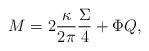
LaTeX: \begin{align*}M=2\frac{\kappa}{2\pi}\frac{\Sigma}{4}+\Phi Q,\end{align*}